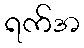
ရက်အ